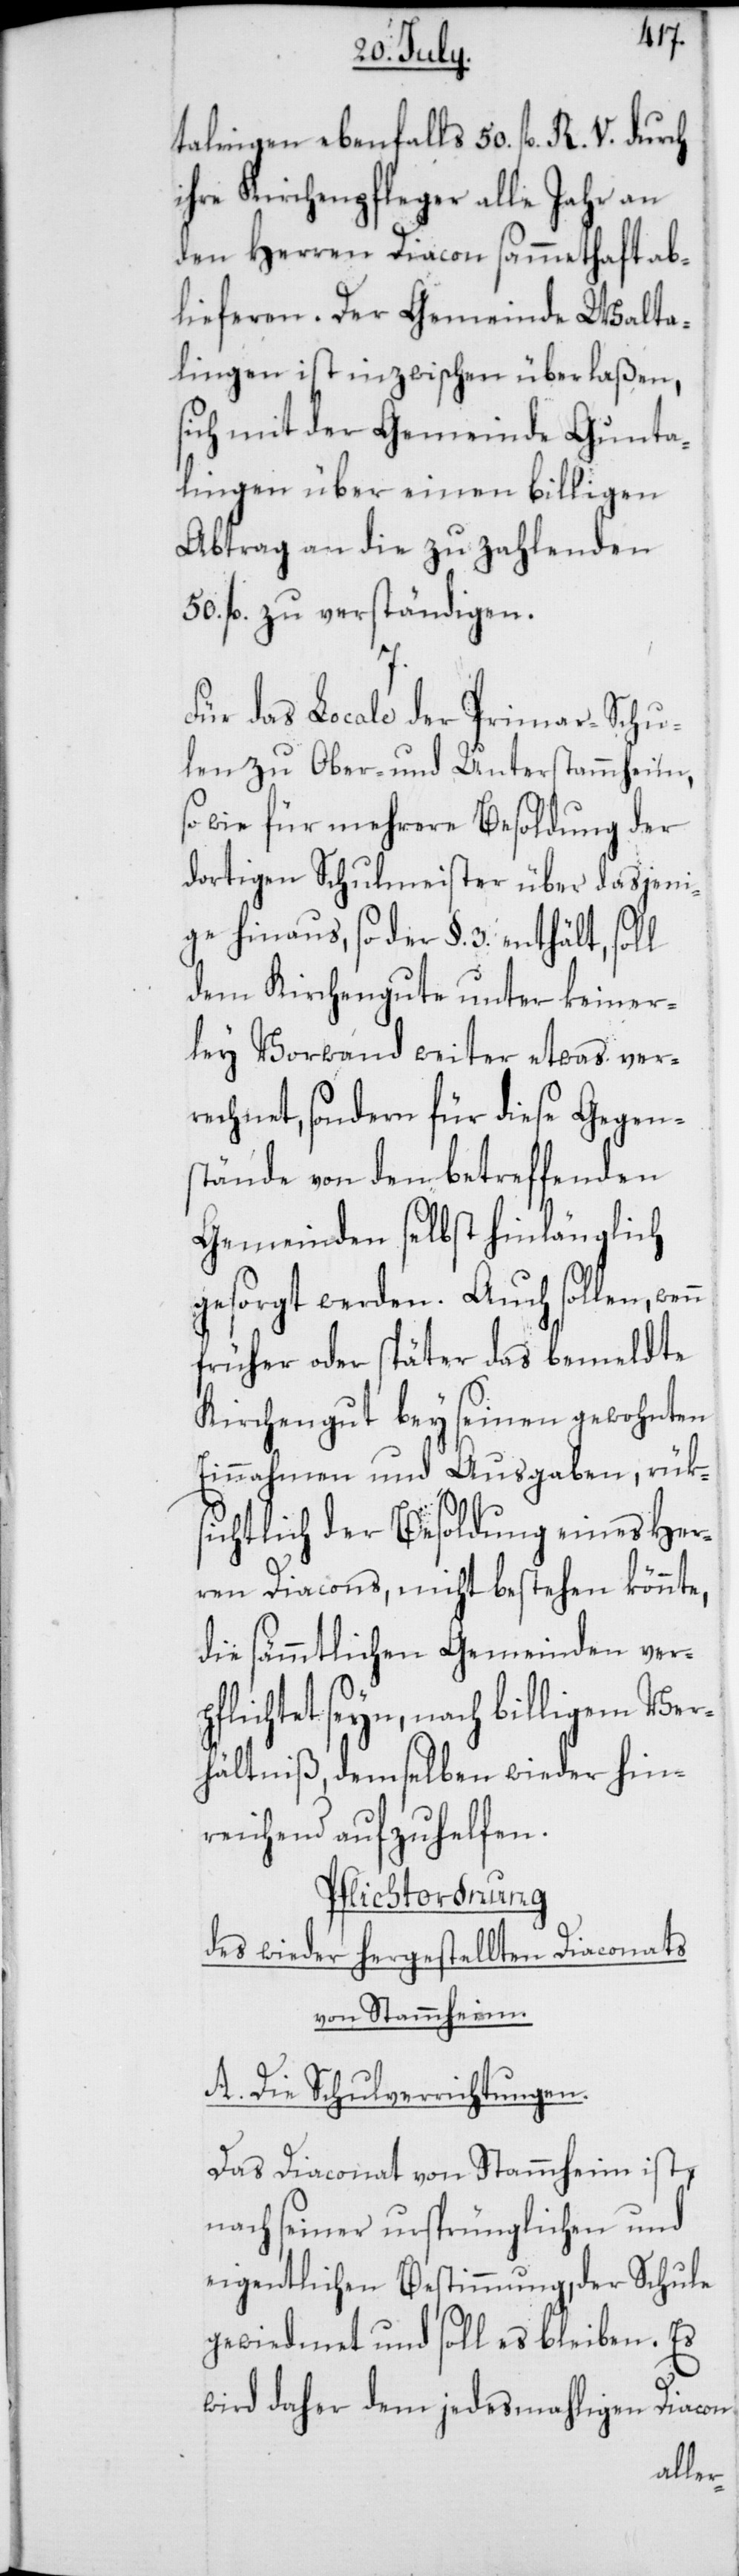
talingen ebenfalls 50. fl. R. V. durch
ihre Kirchenpfleger alle Jahre an
den Herren Diacon sammethaft ab¬
lieferen. Der Gemeinde Walta¬
lingen ist inzwischen überlaßen,
sich mit der Gemeinde Gunta¬
lingen über einen billigen
Abbtrag an die zu zahlenden
50. fl. zu verständigen.
Für das Locale der Primar-Schu¬
len zu Ober- und Unterstammheim,
sowie für mehrere Besoldung der
dortigen Schulmeister über dasjeni¬
ge hinaus, so der §. 3. enthält, soll
dem Kirchengute unter keiner¬
ley Vorwand weiter etwas ver¬
rechnet, sondern für diese Gegen¬
stände von den betreffenden
Gemeinden selbst hinlänglich
gesorgt werden. Auch sollen,
früher oder später das bemeldte
Kirchengut bey seinen gewohnten
Einnahmen und Ausgaben, rüks¬
ichtlich der Besoldung eines Her¬
ren Diacons, nicht bestehen könnte,
die sämmtlichen Gemeinden verp¬
flichtet seyn, nach billigem Ver¬
hältniß, demselben wieder hin¬
reichend aufzuhelfen.
Pflichtordnung
des wieder hergestellten Diaconats
von Stammheim.
A. Die Schulverrichtungen.
Das Diaconat von Stammheim ist,
nach seiner ursprünglichen und
eigentlichen Bestimmung, der Schule
gewiedmet und soll es bleiben. Es
wird daher dem jedesmahligen Diacon